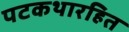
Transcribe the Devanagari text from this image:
पटकथारहित